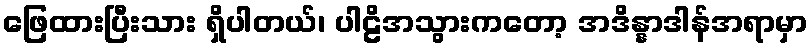
ဖြေထားပြီးသား ရှိပါတယ်၊ ပါဠိအသွားကတော့ အဒိန္နာဒါန်အရာမှာ